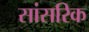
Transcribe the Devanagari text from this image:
सांसरिक